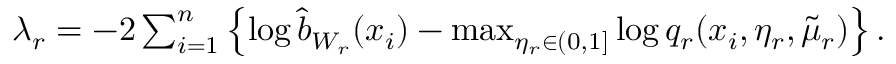
\begin{array} { r } { \lambda _ { r } = - 2 \sum _ { i = 1 } ^ { n } \left\{ \log \widehat { b } _ { W _ { r } } ( x _ { i } ) - \mathop { \operatorname* { m a x } } _ { \eta _ { r } \in ( 0 , 1 ] } \log q _ { r } ( x _ { i } , \eta _ { r } , \widetilde { \mu } _ { r } ) \right\} . } \end{array}